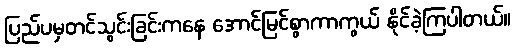
ပြည်ပမှတင်သွင်းခြင်းကနေ အောင်မြင်စွာကာကွယ် နိုင်ခဲ့ကြပါတယ်။